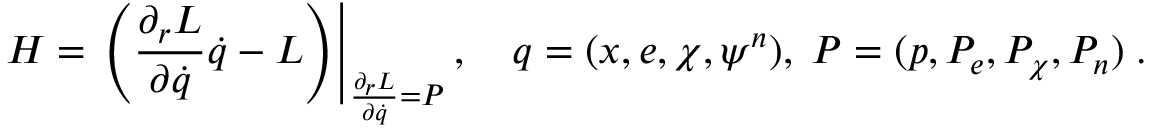
H = \left. \left( \frac { \partial _ { r } L } { \partial \dot { q } } \dot { q } - L \right) \right| _ { \frac { \partial _ { r } L } { \partial \dot { q } } = P } , \, \, \, \, \, \, q = ( x , e , \chi , \psi ^ { n } ) , \; P = ( p , P _ { e } , P _ { \chi } , P _ { n } ) \; .